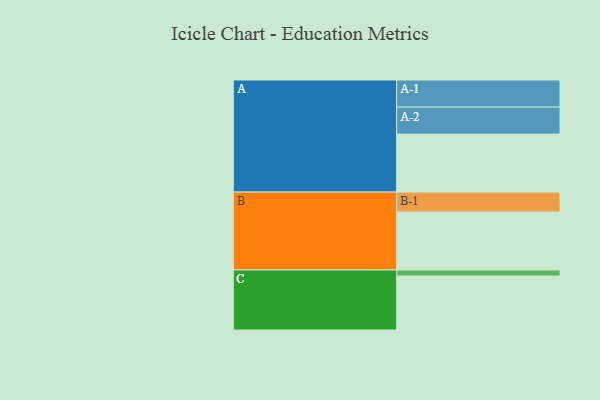
{"axis": {"x": "Segment", "y": "Value"}, "legend": ["", "A", "B", "C"], "data": [{"x": "A", "y": 541, "type": ""}, {"x": "B", "y": 541, "type": ""}, {"x": "C", "y": 504, "type": ""}, {"x": "A-1", "y": 253, "type": "A"}, {"x": "A-2", "y": 252, "type": "A"}, {"x": "B-1", "y": 186, "type": "B"}, {"x": "C-1", "y": 56, "type": "C"}]}